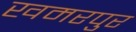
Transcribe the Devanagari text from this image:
खमरपुर